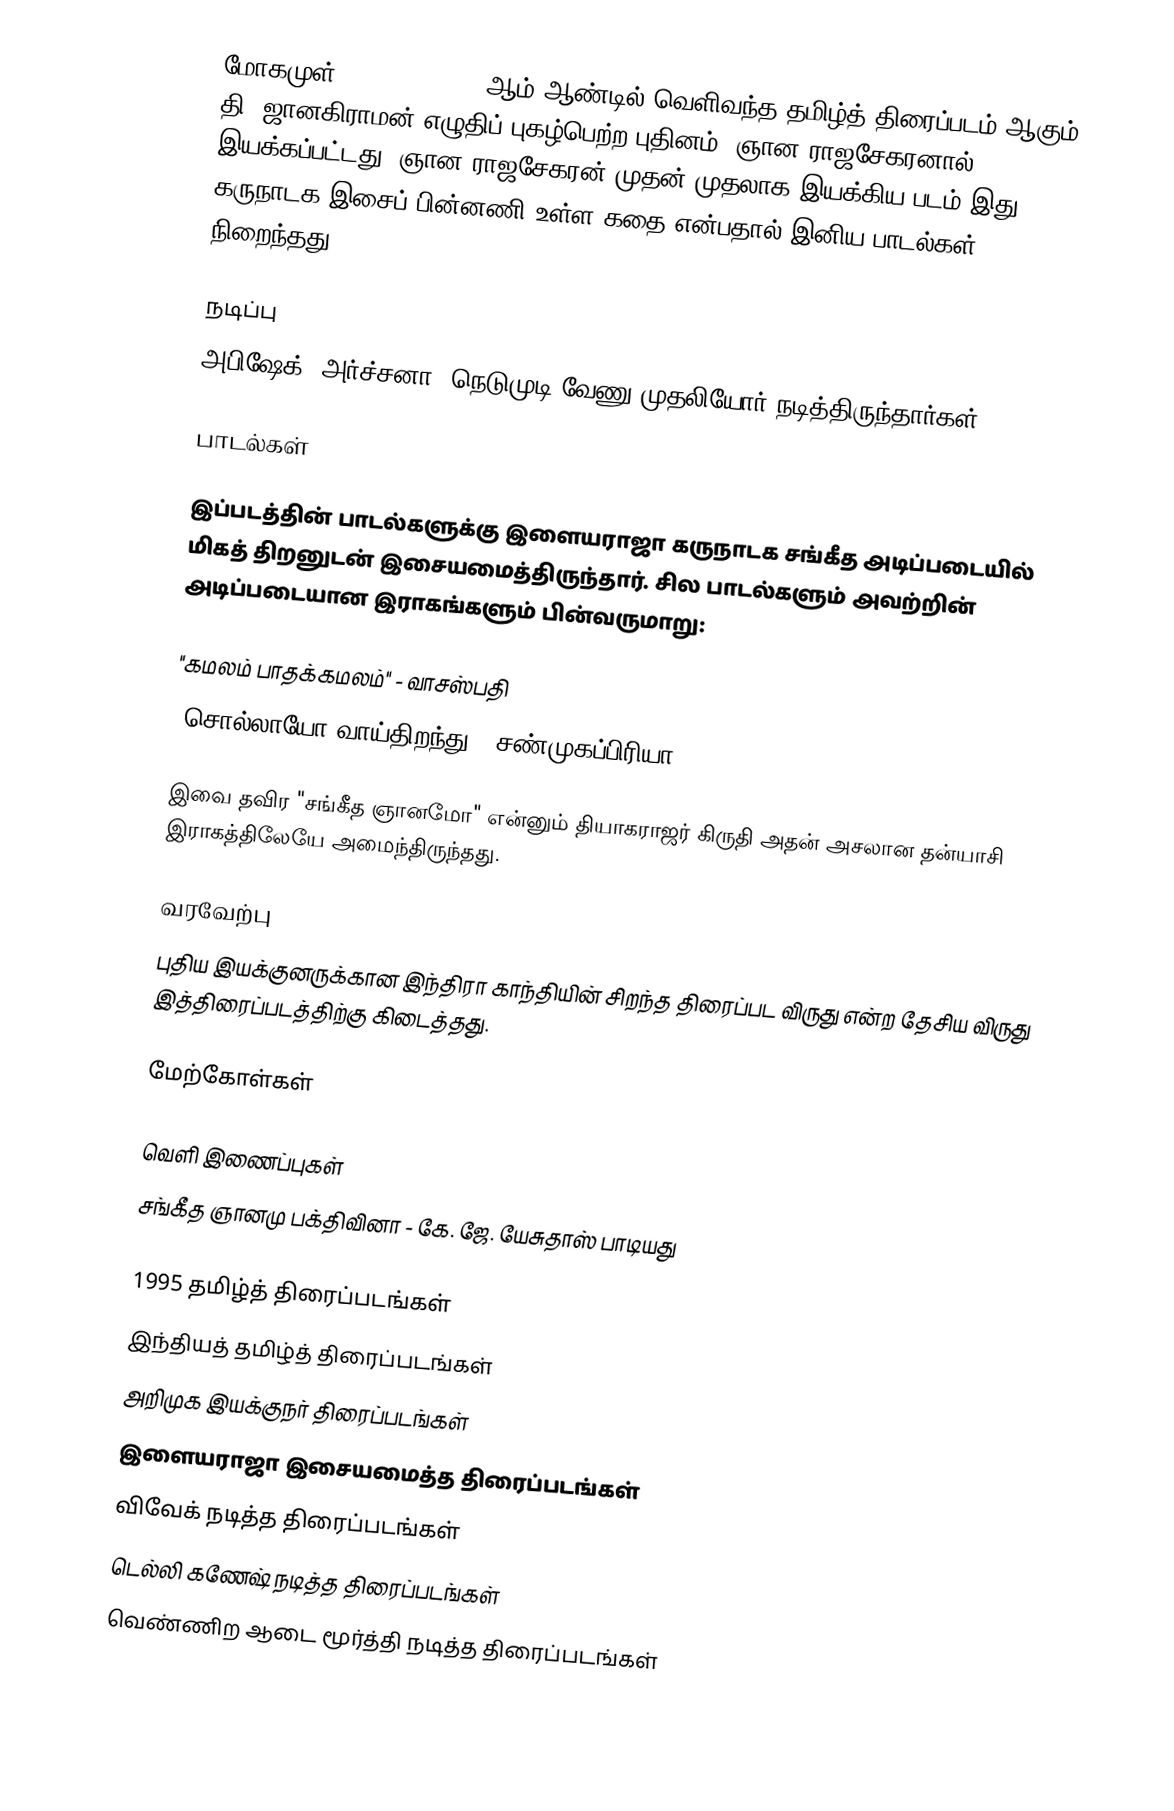
மோகமுள் (Mogamul) 1995 ஆம் ஆண்டில் வெளிவந்த தமிழ்த் திரைப்படம் ஆகும். தி. ஜானகிராமன் எழுதிப் புகழ்பெற்ற புதினம், ஞான ராஜசேகரனால் இயக்கப்பட்டது. ஞான ராஜசேகரன் முதன் முதலாக இயக்கிய படம் இது. கருநாடக இசைப் பின்னணி உள்ள கதை என்பதால் இனிய பாடல்கள் நிறைந்தது.

நடிப்பு
அபிஷேக், அர்ச்சனா, நெடுமுடி வேணு முதலியோர் நடித்திருந்தார்கள்.

பாடல்கள்

இப்படத்தின் பாடல்களுக்கு இளையராஜா கருநாடக சங்கீத அடிப்படையில் மிகத் திறனுடன் இசையமைத்திருந்தார். சில பாடல்களும் அவற்றின் அடிப்படையான இராகங்களும் பின்வருமாறு:

 "கமலம் பாதக்கமலம்" - வாசஸ்பதி
 "சொல்லாயோ வாய்திறந்து - சண்முகப்பிரியா

இவை தவிர "சங்கீத ஞானமோ" என்னும் தியாகராஜர் கிருதி அதன் அசலான தன்யாசி இராகத்திலேயே அமைந்திருந்தது.

வரவேற்பு
புதிய இயக்குனருக்கான இந்திரா காந்தியின் சிறந்த திரைப்பட விருது என்ற தேசிய விருது இத்திரைப்படத்திற்கு கிடைத்தது.

மேற்கோள்கள்

வெளி இணைப்புகள்
சங்கீத ஞானமு பக்திவினா - கே. ஜே. யேசுதாஸ் பாடியது

1995 தமிழ்த் திரைப்படங்கள்
இந்தியத் தமிழ்த் திரைப்படங்கள்
அறிமுக இயக்குநர் திரைப்படங்கள்
இளையராஜா இசையமைத்த திரைப்படங்கள்
விவேக் நடித்த திரைப்படங்கள்
டெல்லி கணேஷ் நடித்த திரைப்படங்கள்
வெண்ணிற ஆடை மூர்த்தி நடித்த திரைப்படங்கள்